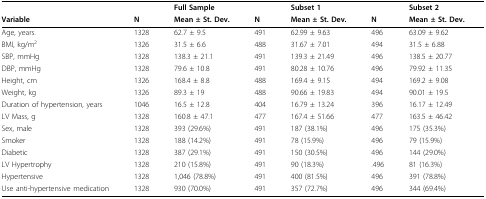
|  |  | Full Sample |  | Subset 1 |  | Subset 2 |
 | Variable | N | Mean ± St. Dev. | N | Mean ± St. Dev. | N | Mean ± St. Dev. |
 | --- | --- | --- | --- | --- | --- | --- |
 | Age, years. | 1328 | 62.7 ± 9.5 | 491 | 62.99 ± 9.63 | 496 | 63.09 ± 9.62 |
 | BMI, kg/m2 | 1326 | 31.5 ± 6.6 | 488 | 31.67 ± 7.01 | 494 | 31.5 ± 6.88 |
 | SBP, mmHg | 1328 | 138.3 ± 21.1 | 491 | 139.3 ± 21.49 | 496 | 138.5 ± 20.77 |
 | DBP, mmHg | 1328 | 79.6 ± 10.8 | 491 | 80.28 ± 10.76 | 496 | 79.92 ± 11.35 |
 | Height, cm | 1326 | 168.4 ± 8.8 | 488 | 169.4 ± 9.15 | 494 | 169.2 ± 9.08 |
 | Weight, kg | 1326 | 89.3 ± 19 | 488 | 90.66 ± 19.83 | 494 | 90.01 ± 19.5 |
 | Duration of hypertension, years | 1046 | 16.5 ± 12.8 | 404 | 16.79 ± 13.24 | 396 | 16.17 ± 12.49 |
 | LV Mass, g | 1328 | 160.8 ± 47.1 | 477 | 167.4 ± 51.66 | 477 | 163.5 ± 46.42 |
 | Sex, male | 1328 | 393 (29.6%) | 491 | 187 (38.1%) | 496 | 175 (35.3%) |
 | Smoker | 1328 | 188 (14.2%) | 491 | 78 (15.9%) | 496 | 79 (15.9%) |
 | Diabetic | 1328 | 387 (29.1%) | 491 | 150 (30.5%) | 496 | 144 (29.0%) |
 | LV Hypertrophy | 1328 | 210 (15.8%) | 491 | 90 (18.3%) | .496 | 81 (16.3%) |
 | Hypertensive | 1328 | 1,046 (78.8%) | 491 | 400 (81.5%) | 496 | 391 (78.8%) |
 | Use anti-hypertensive medication | 1328 | 930 (70.0%) | 491 | 357 (72.7%) | 496 | 344 (69.4%) |